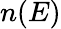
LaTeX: n(E)